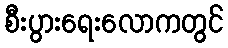
စီးပွားရေးလောကတွင်